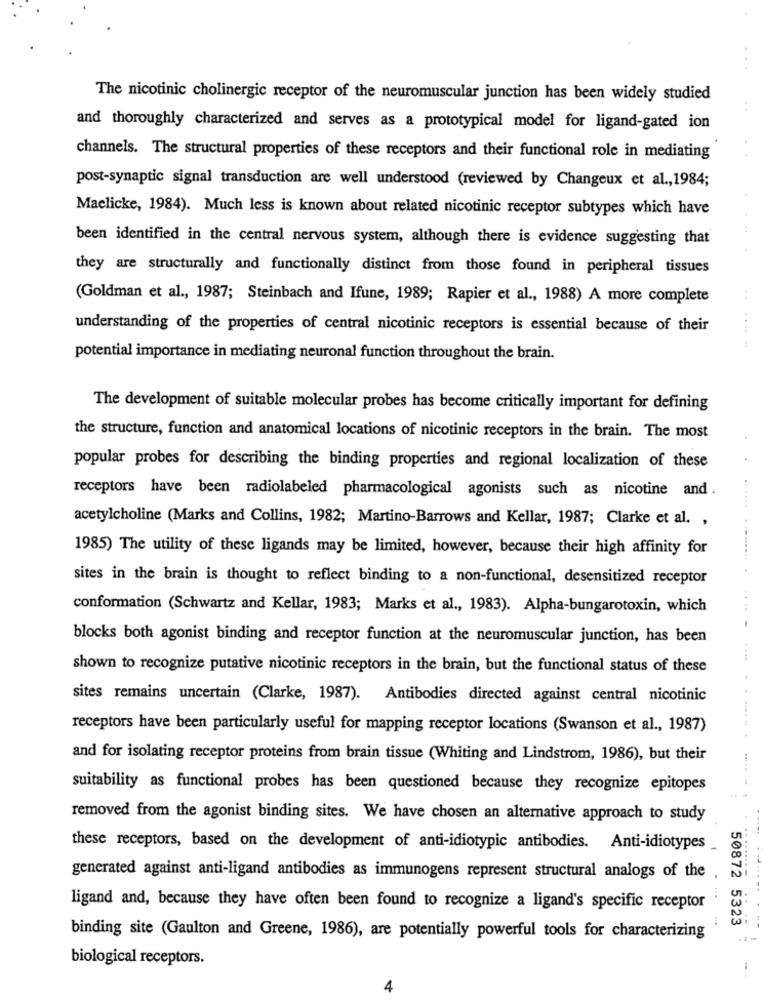
The nicotinic cholinergic receptor of the neuromuscular junction has been widely studied
and thoroughly characterized and serves as a prototypical model for ligand-gated ion
channels. The structural properties of these receptors and their functional role in mediating
post-synaptic signal transduction are well understood (reviewed by Changeux et al ., 1984;
Maclicke, 1984). Much less is known about related nicotinic receptor subtypes which have
been identified in the central nervous system, although there is evidence suggesting that
they are structurally and functionally distinct from those found in peripheral tissues
(Goldman et al ., 1987; Steinbach and Ifune, 1989; Rapier et al ., 1988) A more complete
understanding of the properties of central nicotinic receptors is essential because of their
........
potential importance in mediating neuronal function throughout the brain.
The development of suitable molecular probes has become critically important for defining
the structure, function and anatomical locations of nicotinic receptors in the brain. The most
popular probes for describing the binding properties and regional localization of these
receptors have been radiolabeled pharmacological agonists such as nicotine and .
.. ....
acetylcholine (Marks and Collins, 1982; Martino-Barrows and Kellar, 1987; Clarke et al. ,
1985) The utility of these ligands may be limited, however, because their high affinity for
sites in the brain is thought to reflect binding to a non-functional, desensitized receptor
conformation (Schwartz and Kellar, 1983; Marks et al ., 1983). Alpha-bungarotoxin, which
blocks both agonist binding and receptor function at the neuromuscular junction, has been
shown to recognize putative nicotinic receptors in the brain, but the functional status of these
sites remains uncertain (Clarke, 1987). Antibodies directed against central nicotinic
receptors have been particularly useful for mapping receptor locations (Swanson et al ., 1987)
and for isolating receptor proteins from brain tissue (Whiting and Lindstrom, 1986), but their
suitability as functional probes has been questioned because they recognize epitopes
removed from the agonist binding sites. We have chosen an alternative approach to study
these receptors, based on the development of anti-idiotypic antibodies. Anti-idiotypes
generated against anti-ligand antibodies as immunogens represent structural analogs of the
ligand and, because they have often been found to recognize a ligand's specific receptor
50872 5323
binding site (Gaulton and Greene, 1986), are potentially powerful tools for characterizing
. 2 **
biological receptors.
4